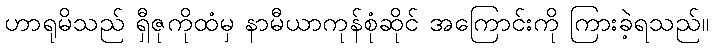
ဟာရုမိသည် ရှီဇုကိုထံမှ နာမီယာကုန်စုံဆိုင် အကြောင်းကို ကြားခဲ့ရသည်။